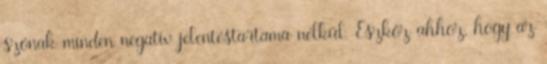
szónak minden negatív jelentéstartama nélkül. Eszköz ahhoz, hogy az